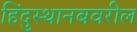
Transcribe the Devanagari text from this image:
हिंदुस्थानबवरील